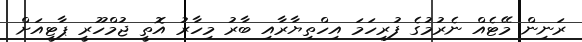
ރަނިން މޭޓެއް ނެރުމުގެ ފުރިހަމަ އިހްތިޔާރާއި ބާރު މިހާރު އޮތީ ޖުމްހޫރީ ޕާޓީއަށް